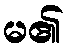
မ၏